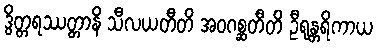
ဒွိတ္တရဿတ္တာနိ သီလယတီတိ အဝဂစ္ဆတီတိ ဦရုန္တရိကာယ